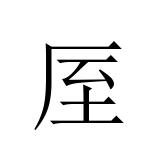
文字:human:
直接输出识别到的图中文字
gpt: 厔